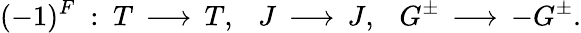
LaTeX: (-1)^{F}~:~T\, \longrightarrow\, T,~~~J\, \longrightarrow\, J,~~~G^{\pm}\, \longrightarrow\, -G^{\pm}.